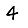
Digit: 4